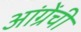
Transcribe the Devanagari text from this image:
आंग्रेंची